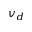
v _ { d }